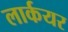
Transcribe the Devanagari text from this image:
लार्कयर